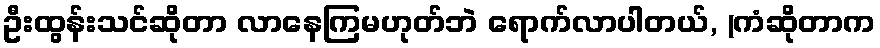
ဦးထွန်းသင်ဆိုတာ လာနေကြမဟုတ်ဘဲ ရောက်လာပါတယ်, (ကံဆိုတာက